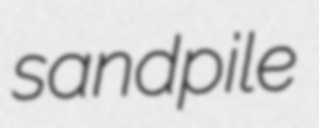
sandpile